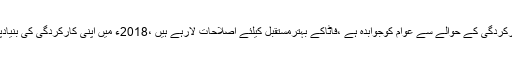
انہوں نے کہاکہ حکومت اپنی کارکردگی کے حوالے سے عوام کوجوابدہ ہے ،فاٹاکے بہترمستقبل کیلئے اصلاحات لارہے ہیں ،2018ء میں اپنی کارکردگی کی بنیادپرعوام کی عدالت میں جائیں گے۔